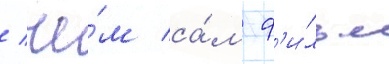
/ че́м са́м ф'и́льм